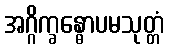
အဂ္ဂိက္ခန္ဓောပမသုတ္တံ